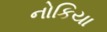
નોકિયા